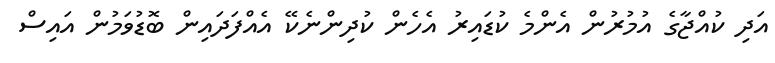
އަދި ކުއްޖާގެ އުމުރުން އެންމެ ކުޑައިރު އެހެން ކުދިންނެކޭ އެއްފަދައިން ބޮޑުވަމުން އައިސް